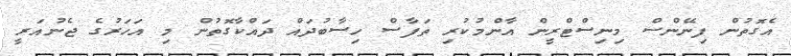
އެގޮތުން ފިނޭންސް މިނިސްޓްރީން އާންމުކުރި ތަފާސް ހިސާބުދައް ދައްކާގޮތުން މި އަހަރުގެ ޖެނުއަރީ